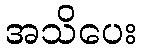
အသိပေး